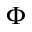
\Phi